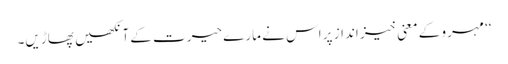
‘‘ مہرو کے معنی خیز انداز پر اس نے مارے حیرت کے آنکھیں پھاڑیں۔